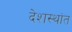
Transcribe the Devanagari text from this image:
देशस्थांत